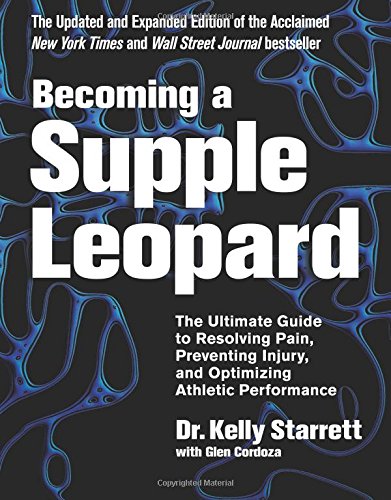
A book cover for Becoming a Supple Leopard 2nd Edition: The Ultimate Guide to Resolving Pain, Preventing Injury, and Optimizing Athletic Performance; Kelly Starrett; Health, Fitness & Dieting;